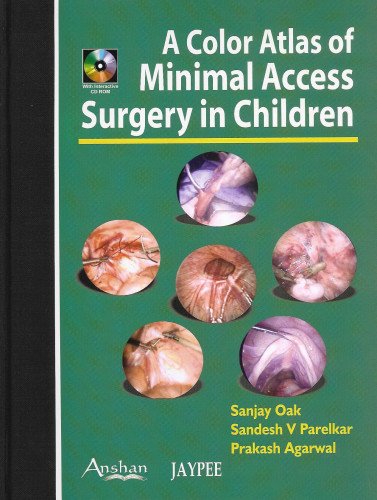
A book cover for Color Atlas of Minimal Access Surgery in Children; Sanjay Oak; Medical Books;